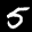
Label: 5